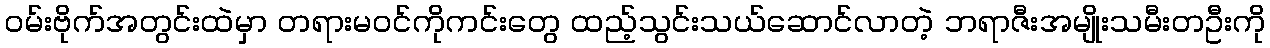
ဝမ်းဗိုက်အတွင်းထဲမှာ တရားမဝင်ကိုကင်းတွေ ထည့်သွင်းသယ်ဆောင်လာတဲ့ ဘရာဇီးအမျိုးသမီးတဦးကို